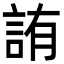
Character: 詴